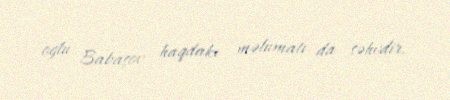
oğlu Babaşov haqdakı məlumatı da səhvdir.